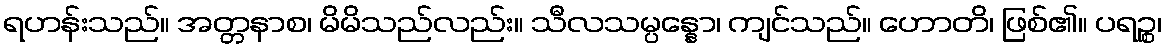
ရဟန်းသည်။ အတ္တနာစ၊ မိမိသည်လည်း။ သီလသမ္ပန္နော၊ ကျင်သည်။ ဟောတိ၊ ဖြစ်၏။ ပရဉ္စ၊